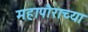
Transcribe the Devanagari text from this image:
महापौराच्या